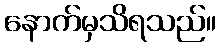
နောက်မှသိရသည်။